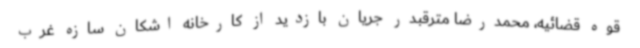
قوه قضائیه، محمدرضا مترقبدر جریان بازدید از کارخانه اشکان سازه غرب